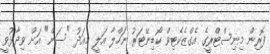
ފޮރިން މިނިސްޓްރީގެ އެގްޒެކެޓިވް ކޯޑިނޭޓަރު ނަހްލާ އަލީ މިއަދު "ސަން" އަށް ވިދާޅުވީ